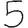
Digit: 5